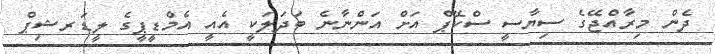
ދެން މިރާއްޖޭގެ ސިޔާސީ ސްކޭޕް އަށް އަންނާނެ ބަދަލަކީ އެއީ އެމްޑީޕީގެ ލީޑަރޝިޕް